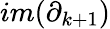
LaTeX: im(\partial_{k+1})